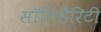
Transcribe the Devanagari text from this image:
सॉलिडैरिटी